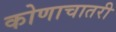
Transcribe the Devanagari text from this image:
कोणाचातरी